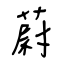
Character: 蔚